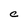
Character: C